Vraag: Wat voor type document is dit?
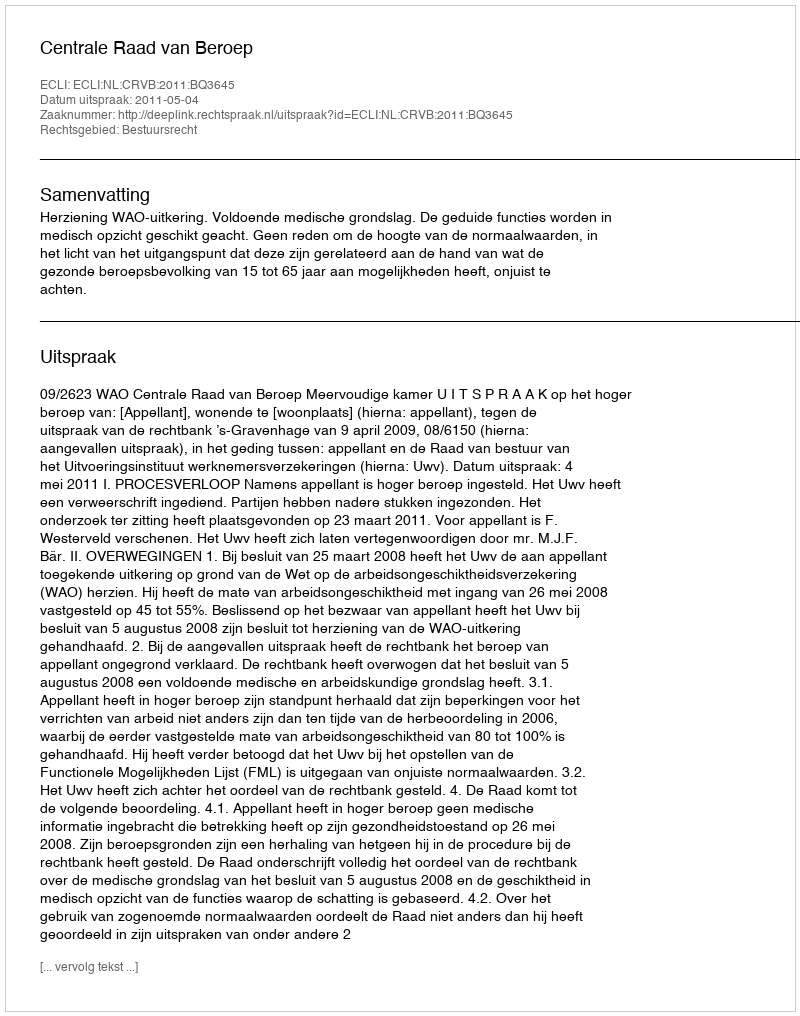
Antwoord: Uitspraak